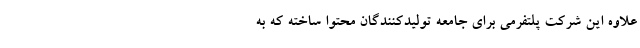
علاوه این شرکت پلتفرمی برای جامعه تولیدکنندگان محتوا ساخته که به